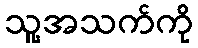
သူ့အသက်ကို